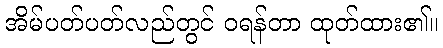
အိမ်ပတ်ပတ်လည်တွင် ဝရန်တာ ထုတ်ထား၏။